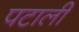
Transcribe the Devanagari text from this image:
पटाली